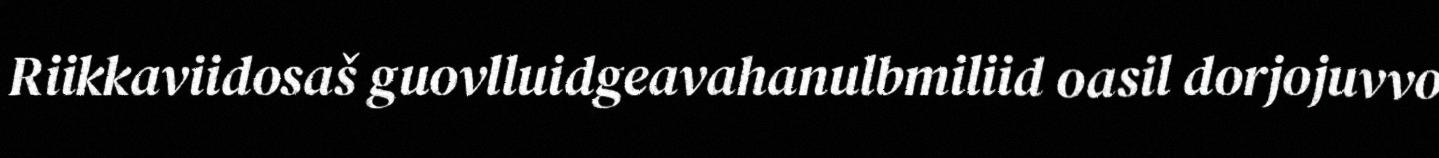
Riikkaviidosaš guovlluidgeavahanulbmiliid oasil dorjojuvvo